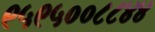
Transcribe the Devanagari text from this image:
९५९५००८८४४